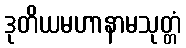
ဒုတိယမဟာနာမသုတ္တံ